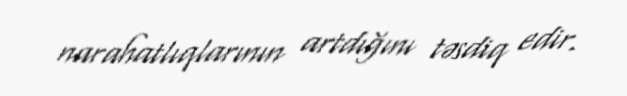
narahatlıqlarının artdığını təsdiq edir.